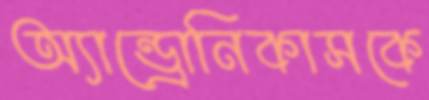
অ্যান্ড্রোনিকাসকে